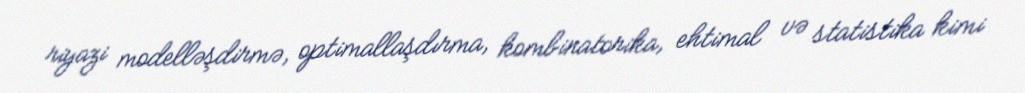
riyazi modelləşdirmə, optimallaşdırma, kombinatorika, ehtimal və statistika kimi